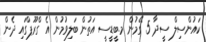
ކައުންސިލް ސީދާ 5 ގޭމުން މ.ބީޑީސީ އަތުން ބަލިވުމުން އެ ގްރޫޕްގައި ދެން